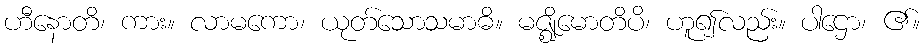
ဟီနောတိ၊ ကား။ လာမကော၊ ယုတ်သောသမာဓိ။ မဇ္ဈိမောတိပိ၊ ဟူ၍လည်း။ ပါဌော၊ ၏။